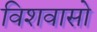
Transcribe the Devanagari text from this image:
विशवासो